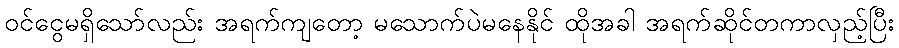
ဝင်ငွေမရှိသော်လည်း အရက်ကျတော့ မသောက်ပဲမနေနိုင် ထိုအခါ အရက်ဆိုင်တကာလှည့်ပြီး